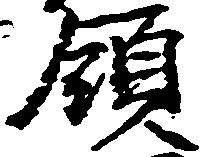
領